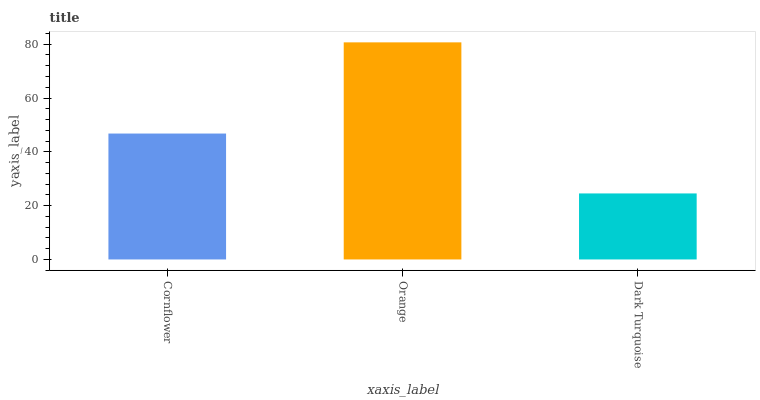
| xaxis_label | bars |
 | --- | --- |
 | Cornflower | 46.8 |
 | Orange | 80.7 |
 | Dark Turquoise | 24.5 |